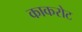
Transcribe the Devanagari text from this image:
काकरोट